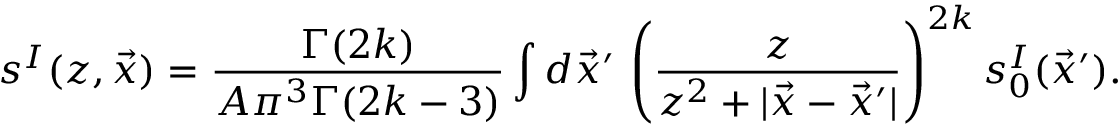
s ^ { I } ( z , \vec { x } ) = \frac { \Gamma ( 2 k ) } { A \pi ^ { 3 } \Gamma ( 2 k - 3 ) } \int d \vec { x } ^ { \prime } \, \left( \frac { z } { z ^ { 2 } + | \vec { x } - \vec { x } ^ { \prime } | } \right) ^ { 2 k } s _ { 0 } ^ { I } ( \vec { x } ^ { \prime } ) .